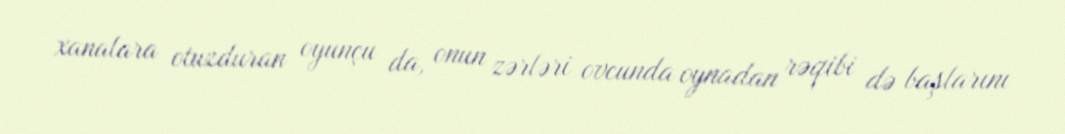
xanalara otuzduran oyunçu da, onun zərləri ovcunda oynadan rəqibi də başlarını